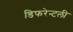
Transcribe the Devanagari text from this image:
डिफरेन्टली